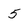
Character: 5